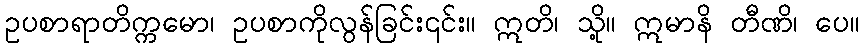
ဥပစာရာတိက္ကမော၊ ဥပစာကိုလွန်ခြင်း၎င်း။ ဣတိ၊ သို့။ ဣမာနိ တီဏိ၊ ပေ။